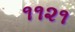
૧૧૨૧